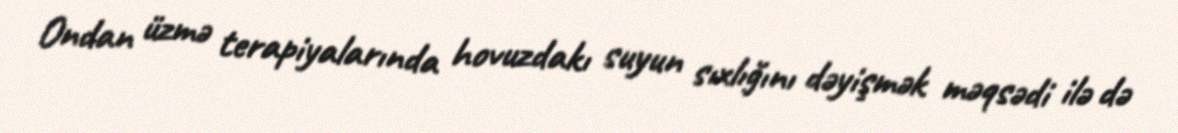
Ondan üzmə terapiyalarında hovuzdakı suyun sıxlığını dəyişmək məqsədi ilə də